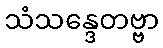
သံသန္ဒေတဗ္ဗာ